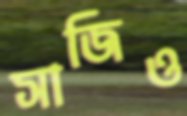
সাজিও